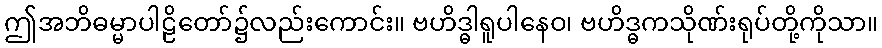
ဤအဘိဓမ္မာပါဠိတော်၌လည်းကောင်း။ ဗဟိဒ္ဓါရူပါနေဝ၊ ဗဟိဒ္ဓကသိုဏ်းရုပ်တို့ကိုသာ။